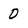
Character: 0